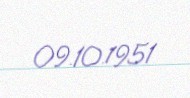
09.10.1951